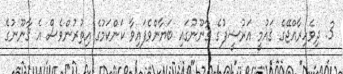
3. ދިވެހިރާއްޖޭގެ ޤައުމީ އަރުޝީފުގެ ޤާނޫނުގައި ބަޔާންވެފައިވާ ކަންކަމުގެ އިތުރުންވެސް އެ ޤާނޫނުގެ